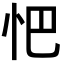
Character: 𢗌